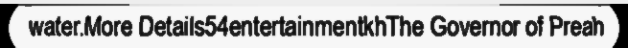
water.More Details54entertainmentkhThe Governor of Preah